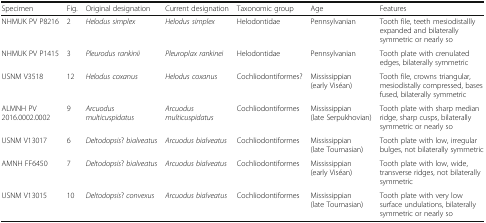
<table><thead><tr><td><b>Specimen</b></td><td><b>Fig.</b></td><td><b>Original designation</b></td><td><b>Current designation</b></td><td><b>Taxonomic group</b></td><td><b>Age</b></td><td><b>Features</b></td></tr></thead><tbody><tr><td>NHMUK PV P8216</td><td>2</td><td><i>Helodus simplex</i></td><td><i>Helodus simplex</i></td><td>Helodontidae</td><td>Pennsylvanian</td><td>Tooth file, teeth mesiodistallly expanded and bilaterally symmetric or nearly so</td></tr><tr><td>NHMUK PV P1415</td><td>3</td><td><i>Pleurodus rankinii</i></td><td><i>Pleuroplax rankinei</i></td><td>Helodontidae</td><td>Pennsylvanian</td><td>Tooth plate with crenulated edges, bilaterally symmetric</td></tr><tr><td>USNM V3518</td><td>12</td><td><i>Helodus coxanus</i></td><td><i>Helodus coxanus</i></td><td>Cochliodontiformes?</td><td>Mississippian (early Viséan)</td><td>Tooth file, crowns triangular, mesiodistally compressed, bases fused, bilaterally symmetric</td></tr><tr><td>ALMNH PV 2016.0002.0002</td><td>9</td><td><i>Arcuodus multicuspidatus</i></td><td><i>Arcuodus multicuspidatus</i></td><td>Cochliodontiformes</td><td>Mississippian (late Serpukhovian)</td><td>Tooth plate with sharp median ridge, sharp cusps, bilaterally symmetric or nearly so</td></tr><tr><td>USNM V13017</td><td>6</td><td><i>Deltodopsis</i>? <i>bialveatus</i></td><td><i>Arcuodus bialveatus</i></td><td>Cochliodontiformes</td><td>Mississippian (late Tournasian)</td><td>Tooth plate with low, irregular bulges, not bilaterally symmetric</td></tr><tr><td>AMNH FF6450</td><td>7</td><td><i>Deltodopsis</i>? <i>bialveatus</i></td><td><i>Arcuodus bialveatus</i></td><td>Cochliodontiformes</td><td>Mississippian (early Viséan)</td><td>Tooth plate with low, wide, transverse ridges, not bilaterally symmetric</td></tr><tr><td>USNM V13015</td><td>10</td><td><i>Deltodopsis</i>? <i>convexus</i></td><td><i>Arcuodus bialveatus</i></td><td>Cochliodontiformes</td><td>Mississippian (late Tournasian)</td><td>Tooth plate with very low surface undulations, bilaterally symmetric or nearly so</td></tr></tbody></table>